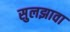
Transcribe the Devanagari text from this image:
सुलझावा